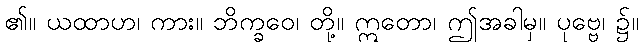
၏။ ယထာဟ၊ ကား။ ဘိက္ခဝေ၊ တို့။ ဣတော၊ ဤအခါမှ။ ပုဗ္ဗေ၊ ၌။